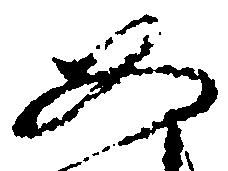
如